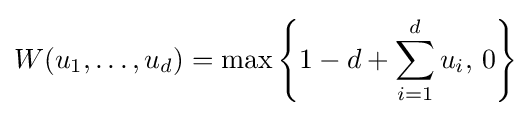
W(u_{1},\ldots ,u_{d})=\max \left\{1-d+\sum \limits _{i=1}^{d}{u_{i}},\,0\right\}